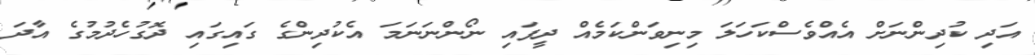
އަދި ކުދިންނަށް އެއްވެސްކަހަލަ މިނިވަންކަމެއް ދީފައި ނޯންނަނަމަ އެކުދިންގެ ގައިގައި ދޮގުހެދުމުގެ އާދަ